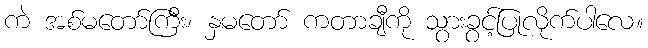
ကဲ အစ်မတော်ကြီး၊ နှမတော် ကတာချီကို သွားခွင့်ပြုလိုက်ပါလေ။